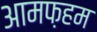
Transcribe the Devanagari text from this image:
आमफ़हम